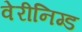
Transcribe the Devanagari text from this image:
वेरीनिग्ड